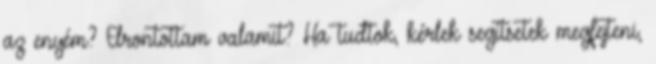
az enyém? Elrontottam valamit? Ha tudtok, kérlek segítsetek megfejteni,